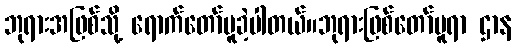
ဘုရားအဖြစ်သို့ ရောက်တော်မူခဲ့ပါတယ်။ဘုရားဖြစ်တော်မူရာ ဌာန